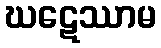
ဃဋေဿာမ